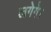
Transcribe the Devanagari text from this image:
लगेगे।